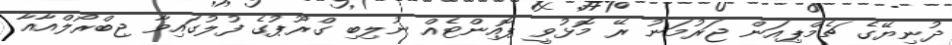
ދުނިޔޭގެ ޗެމްޕިއަން ޖަރުމަނު ރޭ މޮޅުވީ ޕޮއިންޓެއް ނުލިބި ގްރޫޕުގެ ފުލުގައިވާ ޖިބްރޯލްއާއާ